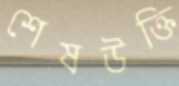
শেষউক্তি